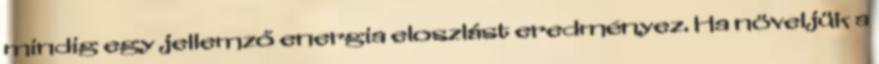
mindig egy jellemző energia eloszlást eredményez. Ha növeljük a